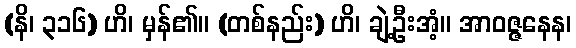
(နိ၊ ၃၁၆) ဟိ၊ မှန်၏။ (တစ်နည်း) ဟိ၊ ချဲ့ဦးအံ့။ အာဝဇ္ဇနေန၊